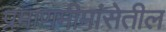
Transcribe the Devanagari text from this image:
प्रमाणमीमांसेतील